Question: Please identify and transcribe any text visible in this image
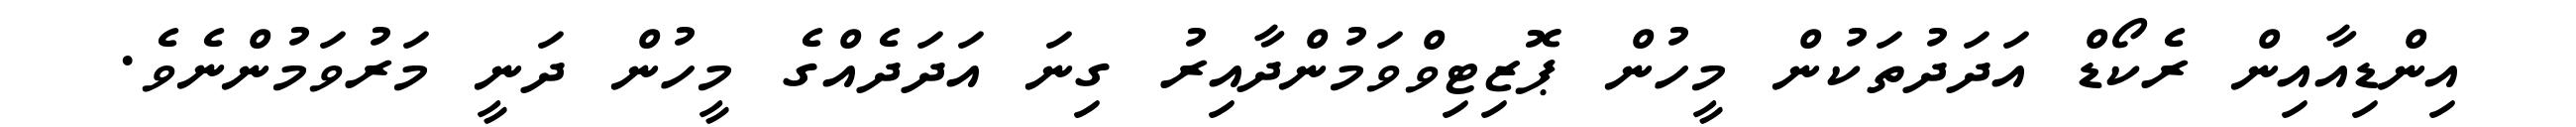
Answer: އިންޑިއާއިން ރެކޯޑް އަދަދުތަކުން މީހުން ޕޮޒިޓިވްވަމުންދާއިރު ގިނަ އަދަދެއްގެ މީހުން ދަނީ މަރުވަމުންނެވެ.